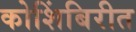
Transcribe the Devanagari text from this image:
कोशिंबिरीत